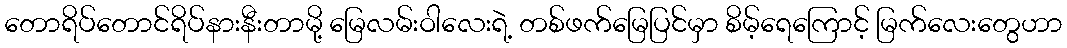
တောရိပ်တောင်ရိပ်နားနီးတာမို့ မြေလမ်းဝါလေးရဲ့ တစ်ဖက်မြေပြင်မှာ စိမ့်ရေကြောင့် မြက်လေးတွေဟာ